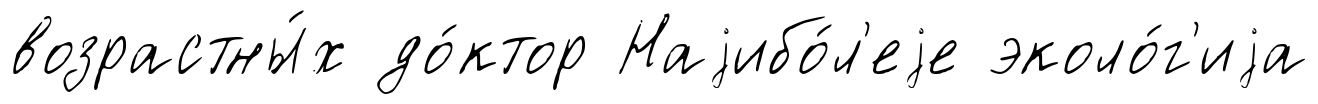
возрастны́х до́ктор Наjибо́л'еjе эколо́г'иjа